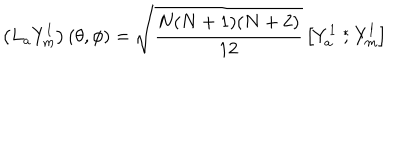
\left( L _ { a } { Y } _ { m } ^ { l } \right) ( \theta , \phi ) = \sqrt { \frac { N ( N + 1 ) ( N + 2 ) } { 1 2 } } \left[ { Y } _ { a } ^ { 1 } \stackrel { * } { , } { Y } _ { m } ^ { l } \right]